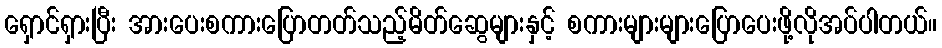
ရှောင်ရှားပြီး အားပေးစကားပြောတတ်သည့်မိတ်ဆွေများနှင့် စကားများများပြောပေးဖို့လိုအပ်ပါတယ်။